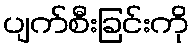
ပျက်စီးခြင်းကို